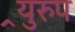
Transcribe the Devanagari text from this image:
र्‍युरुप